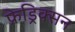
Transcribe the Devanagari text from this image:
फ्रेड्रिक्सन